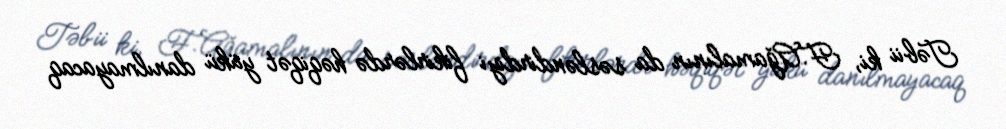
Təbii ki, F.Ağamalının da səsləndirdiyi fikirlərdə həqiqət yükü danılmayacaq